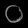
Digit: ၀